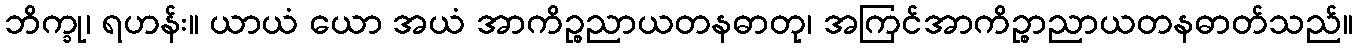
ဘိက္ခု၊ ရဟန်း။ ယာယံ ယော အယံ အာကိဉ္စညာယတနဓာတု၊ အကြင်အာကိဉ္စာညာယတနဓာတ်သည်။